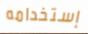
إستخدامه